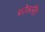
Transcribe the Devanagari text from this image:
फोकलैंड